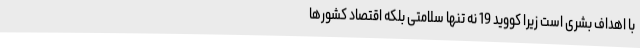
با اهداف بشری است زیرا کووید 19 نه تنها سلامتی بلکه اقتصاد کشورها